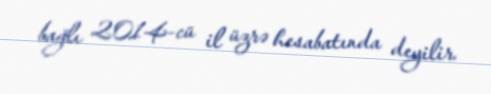
bağlı 2014-cü il üzrə hesabatında deyilir.